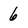
Character: 6